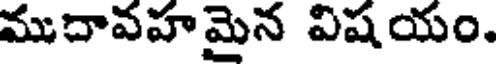
ముదావహమైన విషయం.